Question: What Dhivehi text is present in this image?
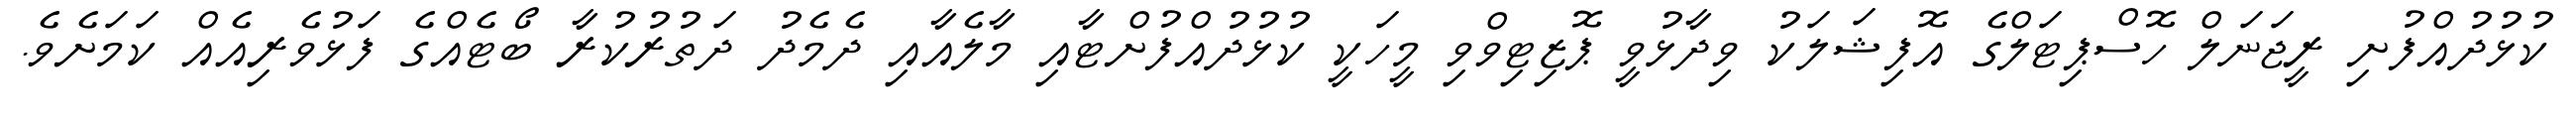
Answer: ކުޅުދުއްފުށި ރީޖަނަލް ހޮސްޕިޓަލްގެ އޮފިޝަލަކު ވިދާޅުވީ ޕޮޒިޓިވްވި މީހަކީ ކުޅުދުއްފުށްޓާއި މާލެއާއި ދެމެދު ދަތުރުކުރާ ބޯޓެއްގެ ފަޅުވެރިއެއް ކަމަށެވެ.